Lunatic asylums United Prov. 1922-30 - 1922-1930
Year: 1922
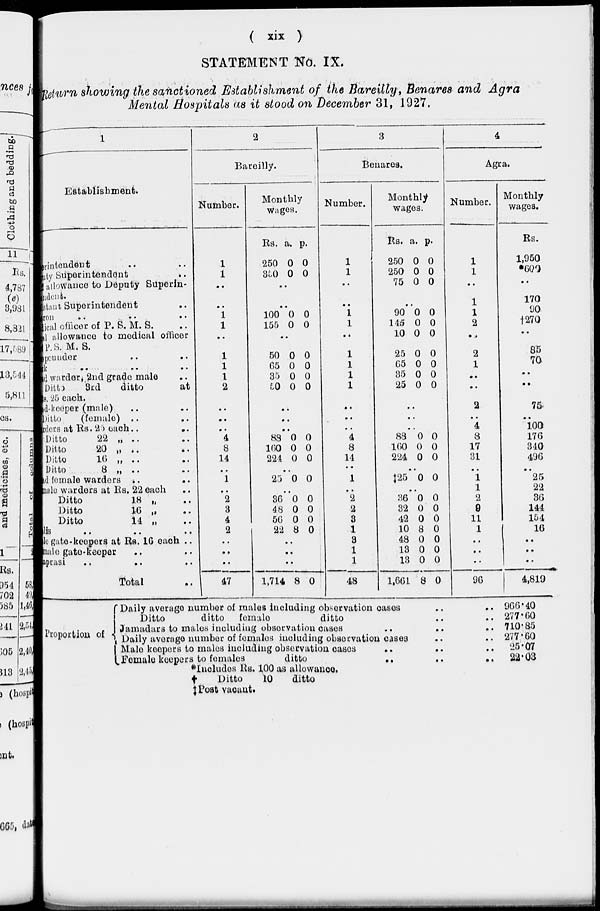
( xix )
STATEMENT No. IX.
Return showing the sanctioned Establishment of the Bareilly, Benares and Agra
Mental Hospitals as it stood on December 31, 1927.
1
Establishment.
erintendent .. ..
puty Superintendent
..
allowance to Deputy Superin-
indent.
stant Superintendent ..
on .. .. ..
lical officer of P. S. M. S. ..
al allowance to medical officer
P. S. M. S.
peunder .. ..
k .. .. ..
nd warder,2nd grade male ..
Ditto
3rd
ditto
at
s. 25 each.
d-keeper (male) .. ..
Ditto
(female) .. ..
rders at Rs. 25 each .. ..
Ditto
22 „ .. ..
Ditto
20 „ .. ..
Ditto
16
„
..
..
Ditto
8 „ .. ..
nd female warders .. ..
male warders at Rs. 22 each ..
Ditto
18 „ ..
Ditto
16
„ ..
Ditto
14 „ ..
lis .. .. ..
le gate-keepers at Rs. 16 each ..
male gate-keeper .. ..
aprasi .. .. ..
Total ..
2
Bareilly.
Number.
1
1
..
..
..
1
1
..
1
1
1
2
..
..
..
4
8
14
..
1
..
2
3
4
2
..
..
..
47
Monthly
wages.
Rs.
250
350
a.
0
0
p.
0
0
..
..
100
155
0
0
0
0
..
50
65
35
50
0
0
0
0
0
0
0
0
..
..
..
88
160
224
0
0
0
0
0
0
..
25 0 0
..
36
48
56
22
0
0
0
8
0
0
0
0
..
..
..
1,714 8 0
3
Benares.
Number.
1
1
..
..
1
1
..
1
1
1
1
..
..
..
4
8
14
..
1
..
2
2
3
1
3
1
1
48
Monthly
wages.
Rs.
250
250
75
a.
0
0
0
p.
0
0
0
..
90
145
10
25
65
35
25
0
0
0
0
0
0
0
0
0
0
0
0
0
0
..
..
..
88
160
224
0
0
0
0
0
0
..
‡25 0 0
..
36
32
42
10
48
13
13
1,661
0
0
0
8
0
0
0
8
0
0
0
0
0
0
0
0
4
Agra.
Number.
1
1
..
1
1
2
..
2
1
..
..
2
..
4
8
17
31
..
1
1
2
9
11
1
..
..
..
96
Monthly
wages.
Rs.
1,950
*609
..
170
90
†270
..
85
70
..
..
75
..
100
176
310
496
..
25
22
36
144
154
16
..
..
..
4,819
Proportion of
Daily average number of males including observation cases ..
Ditto
ditto
female
ditto ..
Jamadars to males including observation cases .. ..
Daily average number of females including observation cases ..
Male keepers to males including observation cases .. ..
Female keepers to females
ditto .. ..
.. 966.40
..
277.60
.. 710.85
.. 277.60
..
25.07
..
22.03
*Includes Rs. 100 as allowance.
†
Ditto
10
ditto
‡ Post vacant.